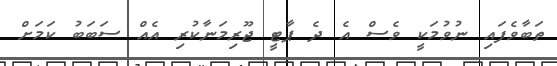
ތަބާވެފައި ނުވުމަކީ ވެސް އެ ދެ ޕާޓީ ޖޫރިމަނާކުރި އެއް ސަބަބު ކަމަށް